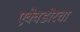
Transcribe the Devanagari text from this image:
एक्वेडोरचा